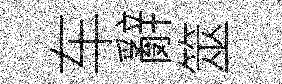
车辭筮